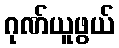
ဂုဏ်ယူဖွယ်